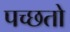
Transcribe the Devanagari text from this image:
पच्छतो